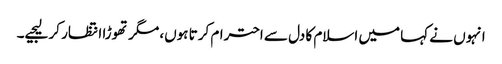
انہوں نے کہا میں اسلام کا دل سے احترام کرتا ہوں، مگر تھوڑا انتظار کر لیجیے۔